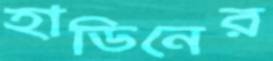
হাডিনের